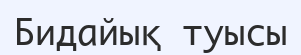
Бидайық туысы